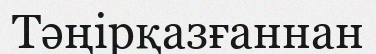
Тәңірқазғаннан